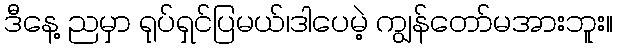
ဒီနေ့ ညမှာ ရုပ်ရှင်ပြမယ်၊ဒါပေမဲ့ ကျွန်တော်မအားဘူး။